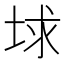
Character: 𡌋